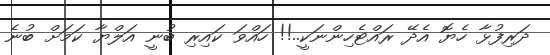
ދަރިފުޅާ ހެޔޮ އެދޭ ރައްޓެހިންނަކީ..!! ހައްވަ ކައިރި ބުނީ އަލްޔާ ކަމަށް ބުނެ